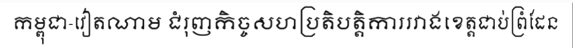
កម្ពុជា-វៀតណាម ជំរុញកិច្ចសហប្រតិបត្តិការរវាងខេត្តជាប់ព្រំដែន